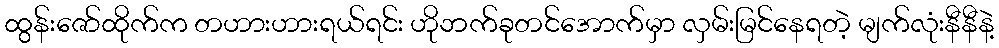
ထွန်းဇော်ထိုက်က တဟားဟားရယ်ရင်း ဟိုဘက်ခုတင်အောက်မှာ လှမ်းမြင်နေရတဲ့ မျက်လုံးနီနီနဲ့